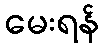
မေးရန်